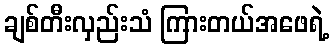
ချစ်တီးလှည်းသံ ကြားတယ်အဖေရဲ့